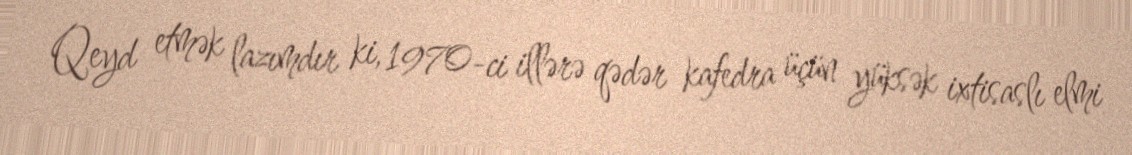
Qeyd etmək lazımdır ki, 1970-ci illərə qədər kafedra üçün yüksək ixtisaslı elmi